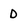
Character: D